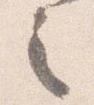
之